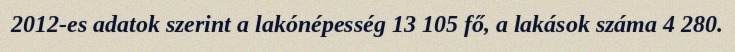
2012-es adatok szerint a lakónépesség 13 105 fő, a lakások száma 4 280.